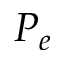
P _ { e }